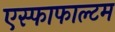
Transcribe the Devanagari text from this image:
एस्फाफाल्टम